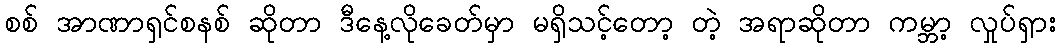
စစ် အာဏာရှင်စနစ် ဆိုတာ ဒီနေ့လိုခေတ်မှာ မရှိသင့်တော့ တဲ့ အရာဆိုတာ ကမ္ဘာ့ လှုပ်ရှား